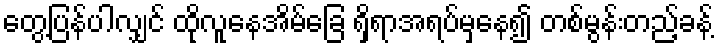
တွေ့ပြန်ပါလျှင် ထိုလူနေအိမ်ခြေ ရှိရာအရပ်မှနေ၍ တစ်မွန်းတည့်ခန့်